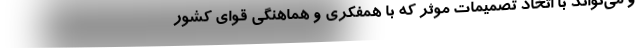
و می‌تواند با اتخاذ تصمیمات موثر که با همفکری و هماهنگی قوای کشور